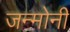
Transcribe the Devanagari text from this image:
जन्मोनी